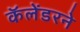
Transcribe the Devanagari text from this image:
कॅलेंडरने